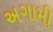
અગામી